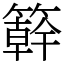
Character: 簳